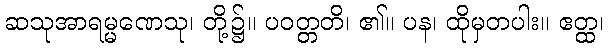
ဆသုအာရမ္မဏေသု၊ တို့၌။ ပဝတ္တတိ၊ ၏။ ပန၊ ထိုမှတပါး။ ဧတ္ထ၊